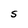
Character: S